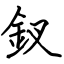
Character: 釵